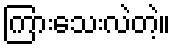
ကြားသေးလဲတဲ့။